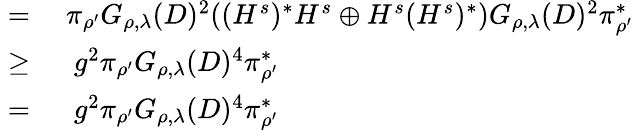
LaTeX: \begin{array}{rl}{\; =\; }&{{}\pi_{\rho^{\prime}}G_{\rho,\lambda}(D)^{2}((H^{s})^{*}H^{s}\oplus H^{s}(H^{s})^{*})G_{\rho,\lambda}(D)^{2}\pi_{\rho^{\prime}}^{*}}\\ {\geq\; }&{{}\; g^{2}\pi_{\rho^{\prime}}G_{\rho,\lambda}(D)^{4}\pi_{\rho^{\prime}}^{*}}\\ {=\; }&{{}\; g^{2}\pi_{\rho^{\prime}}G_{\rho,\lambda}(D)^{4}\pi_{\rho^{\prime}}^{*}}\end{array}